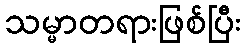
သမ္မာတရားဖြစ်ပြီး